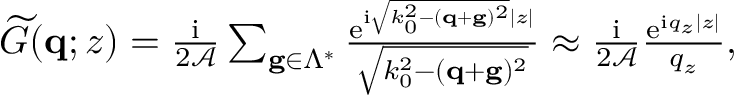
\begin{array} { r } { \widetilde G ( \mathbf { q } ; z ) = \frac { \mathrm { i } } { 2 \mathcal { A } } \sum _ { \mathbf g \in \Lambda ^ { * } } \frac { \mathrm { e } ^ { \mathrm { i } \sqrt { k _ { 0 } ^ { 2 } - ( \mathbf { q } + \mathbf g ) ^ { 2 } } | z | } } { \sqrt { k _ { 0 } ^ { 2 } - ( \mathbf { q } + \mathbf g ) ^ { 2 } } } \approx \frac { \mathrm { i } } { 2 \mathcal { A } } \frac { \mathrm { e } ^ { \mathrm { i } q _ { z } | z | } } { q _ { z } } , } \end{array}